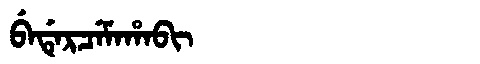
Manchu: ᠪᡝᡩᡝᡵᠴᡝᠮᠠᡥᠠᠪᡳ
Romanization: BEDERCEMAHABI